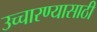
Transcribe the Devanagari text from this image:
उच्चारण्यासाठी